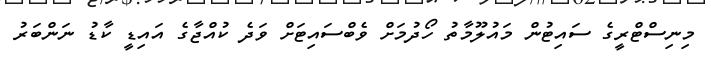
މިނިސްޓްރީގެ ސައިޓުން މައުލޫމާތު ހޯދުމަށް ވެބްސައިޓަށް ވަދެ ކުއްޖާގެ އައިޑީ ކާޑު ނަންބަރު